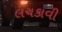
લચકાવી